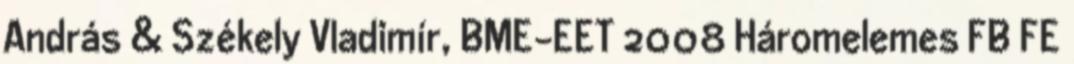
András & Székely Vladimír, BME-EET 2008 Háromelemes FB FE